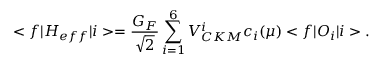
< f | H _ { e f f } | i > = { \frac { G _ { F } } { \sqrt 2 } } \sum _ { i = 1 } ^ { 6 } V _ { C K M } ^ { i } c _ { i } ( \mu ) < f | O _ { i } | i > .